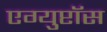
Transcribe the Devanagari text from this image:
एग्युप्टॉस